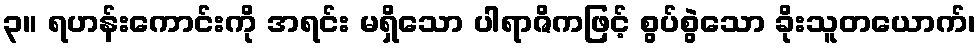
၃။ ရဟန်းကောင်းကို အရင်း မရှိသော ပါရာဇိကဖြင့် စွပ်စွဲသော ခိုးသူတယောက်၊